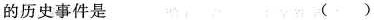
的历史事件是 （ ）